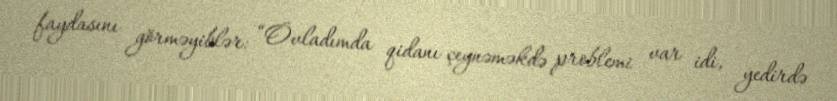
faydasını görməyiblər: “Övladımda qidanı çeynəməkdə problemi var idi, yedirdə